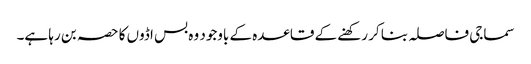
سماجی فاصلہ بنا کر رکھنے کے قاعدہ کے باوجود وہ بس اڈوں کا حصہ بن رہا ہے۔